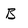
Character: B